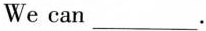
We can ___.